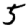
Digit: 5